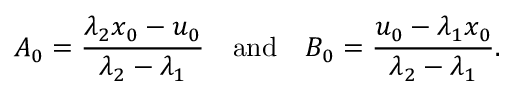
A _ { 0 } = \frac { \lambda _ { 2 } x _ { 0 } - u _ { 0 } } { \lambda _ { 2 } - \lambda _ { 1 } } ~ ~ ~ \mathrm { a n d } ~ ~ ~ B _ { 0 } = \frac { u _ { 0 } - \lambda _ { 1 } x _ { 0 } } { \lambda _ { 2 } - \lambda _ { 1 } } .